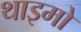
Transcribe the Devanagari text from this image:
थाइमो